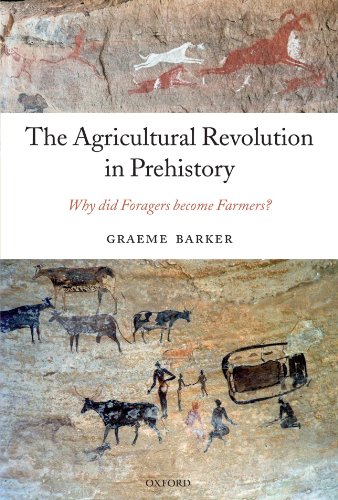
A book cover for The Agricultural Revolution in Prehistory: Why did Foragers become Farmers?; Graeme Barker; History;